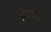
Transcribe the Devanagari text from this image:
टिल्‍टेड